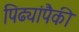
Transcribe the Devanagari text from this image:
पिढ्यांपैकी